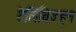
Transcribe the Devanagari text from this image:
टेलिविज्हन